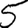
Digit: 5